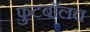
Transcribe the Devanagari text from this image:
फुटबाॅलच